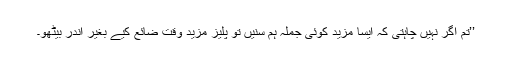
’’تم اگر نہیں چاہتی کہ ایسا مزید کوئی جملہ ہم سنیں تو پلیز مزید وقت ضائع کیے بغیر اندر بیٹھو۔